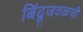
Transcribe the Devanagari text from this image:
बिंदूजवळची